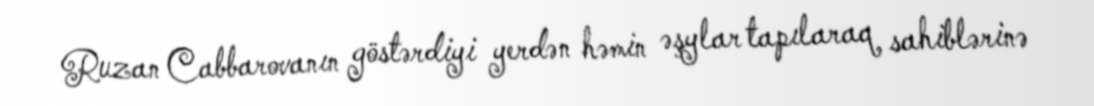
Ruzan Cabbarovanın göstərdiyi yerdən həmin əşylar tapılaraq sahiblərinə